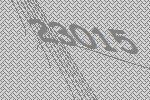
23015